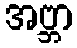
အဗ္ဘာ